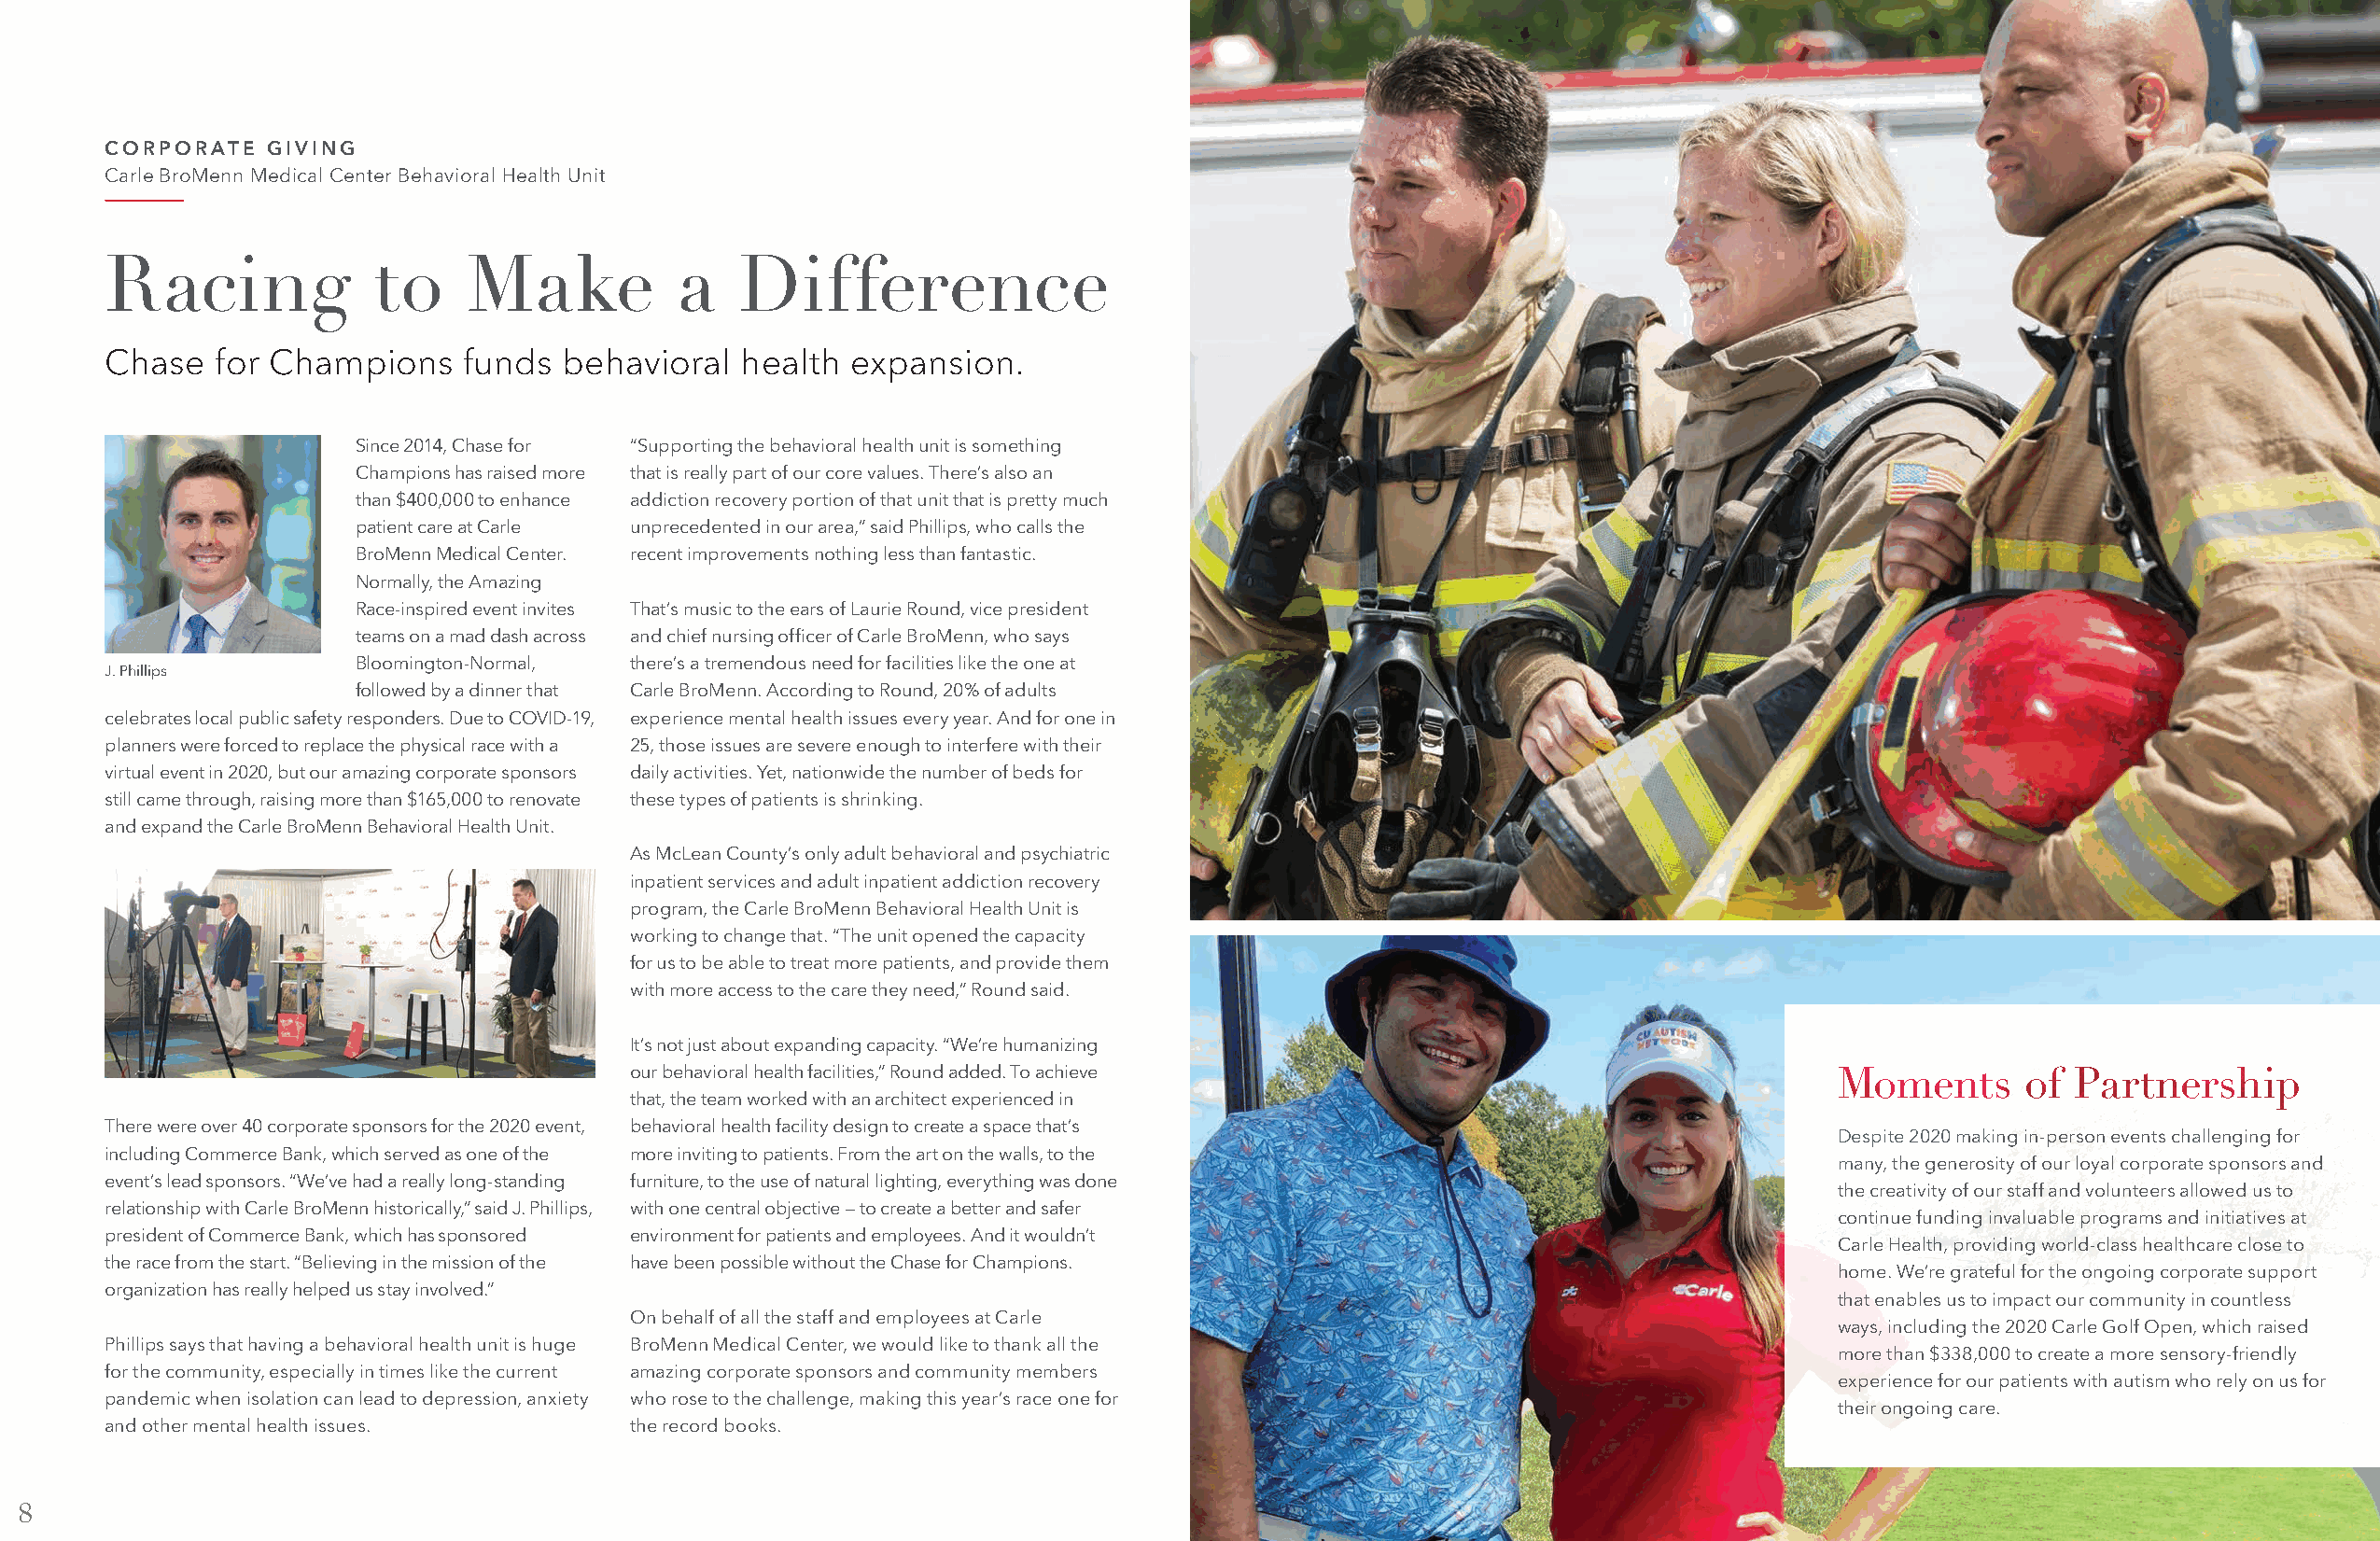
CORPORATE   GIVING
 Carle BroMenn Medical Center Behavioral Health Unit
 Racing              to    Make           a   Difference
 Chase   for Champions     funds  behavioral   health expansion.
 Since 2014, Chase for “Supporting the behavioral health unit is something
 Champions has raised more that is really part of our core values. There’s also an
 than $400,000 to enhance addiction recovery portion of that unit that is pretty much
 patient care at Carle unprecedented in our area,” said Phillips, who calls the
 BroMenn Medical Center. recent improvements nothing less than fantastic.
 Normally, the Amazing
 Race-inspired event invites That’s music to the ears of Laurie Round, vice president
 teams on a mad dash across and chief nursing officer of Carle BroMenn, who says
 Bloomington-Normal, there’s a tremendous need for facilities like the one at
 J. Phillips
 followed by a dinner that Carle BroMenn. According to Round, 20% of adults
 celebrates local public safety responders. Due to COVID-19, experience mental health issues every year. And for one in
 planners were forced to replace the physical race with a 25, those issues are severe enough to interfere with their
 virtual event in 2020, but our amazing corporate sponsors daily activities. Yet, nationwide the number of beds for
 still came through, raising more than $165,000 to renovate these types of patients is shrinking.
 and expand the Carle BroMenn Behavioral Health Unit.
 As McLean County’s only adult behavioral and psychiatric
 inpatient services and adult inpatient addiction recovery
 program, the Carle BroMenn Behavioral Health Unit is
 working to change that. “The unit opened the capacity
 for us to be able to treat more patients, and provide them
 with more access to the care they need,” Round said.
 It’s not just about expanding capacity. “We’re humanizing
 our behavioral health facilities,” Round added. To achieve                           Moments       of Partnership
 that, the team worked with an architect experienced in
 There were over 40 corporate sponsors for the 2020 event, behavioral health facility design to create a space that’s
 Despite 2020 making in-person events challenging for
 including Commerce Bank, which served as one of the more inviting to patients. From the art on the walls, to the
 many, the generosity of our loyal corporate sponsors and
 event’s lead sponsors. “We’ve had a really long-standing furniture, to the use of natural lighting, everything was done
 the creativity of our staff and volunteers allowed us to
 relationship with Carle BroMenn historically,” said J. Phillips, with one central objective — to create a better and safer
 continue funding invaluable programs and initiatives at
 president of Commerce Bank, which has sponsored environment for patients and employees. And it wouldn’t
 Carle Health, providing world-class healthcare close to
 the race from the start. “Believing in the mission of the have been possible without the Chase for Champions.
 home. We’re grateful for the ongoing corporate support
 organization has really helped us stay involved.”
 that enables us to impact our community in countless
 On behalf of all the staff and employees at Carle
 ways, including the 2020 Carle Golf Open, which raised
 Phillips says that having a behavioral health unit is huge BroMenn Medical Center, we would like to thank all the
 more than $338,000 to create a more sensory-friendly
 for the community, especially in times like the current amazing corporate sponsors and community members
 experience for our patients with autism who rely on us for
 pandemic when isolation can lead to depression, anxiety who rose to the challenge, making this year’s race one for
 their ongoing care.
 and other mental health issues.       the record books.
 8